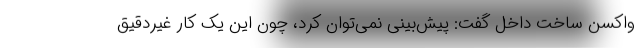
واکسن ساخت داخل گفت: پیش‌بینی نمی‌توان کرد، چون این یک کار غیردقیق